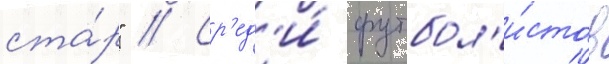
ста́р" // Ср'ед'и́ футбол'и́стов